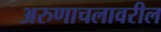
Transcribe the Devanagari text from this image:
अरुणाचलावरील